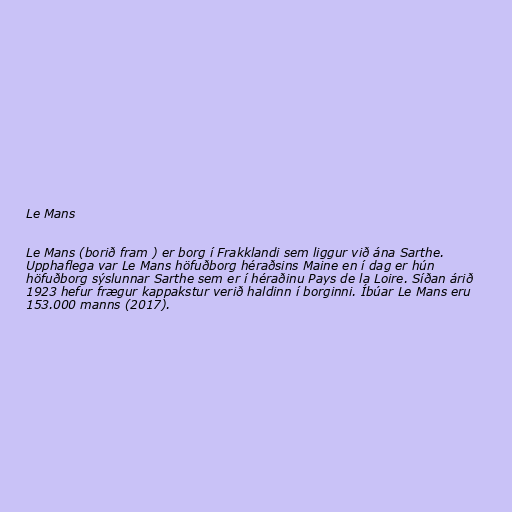
Le Mans

Le Mans (borið fram ) er borg í Frakklandi sem liggur við ána Sarthe.
Upphaflega var Le Mans höfuðborg héraðsins Maine en í dag er hún
höfuðborg sýslunnar Sarthe sem er í héraðinu Pays de la Loire. Síðan árið
1923 hefur frægur kappakstur verið haldinn í borginni. Íbúar Le Mans eru
153.000 manns (2017).